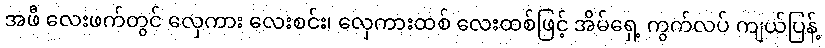
အဖီ လေးဖက်တွင် လှေကား လေးစင်း၊ လှေကားထစ် လေးထစ်ဖြင့် အိမ်ရှေ့ ကွက်လပ် ကျယ်ပြန့်